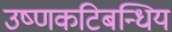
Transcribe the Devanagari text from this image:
उष्णकटिबन्धिय